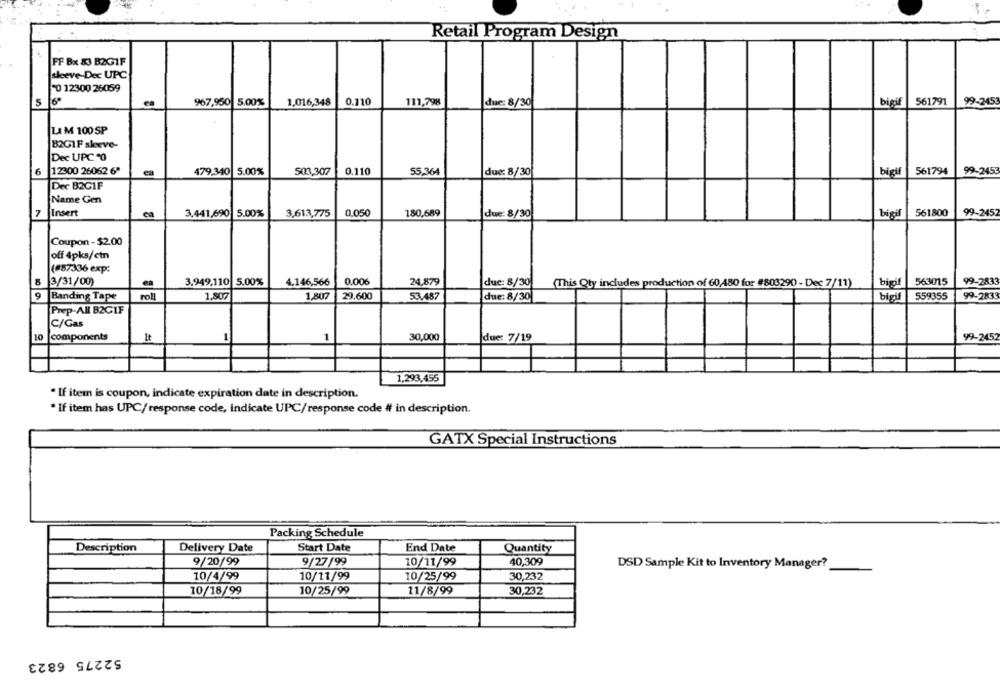
-
Retail Program Design
FF Bx &3 B2GIF
sleeve-Dec UPC
-0 12300 26059
ca
967,950 5.00%
1,016,348
0.110
111,798
due: 8/30
bigif
561791
99-2453
LAM 100 SP
B2G1F skeeve-
Dec UPC "0
6
12300 26062 6"
ea
479,340 5.00%
503,307
0.110
55,364
due: 8/30
bigif
561794
99-2453
Der B2G1F
Name Gen
7 Insert
ca
3,441,690 5.00%
3,613,775
0,050
180,689
due: 8/30
bigif
561800
99-2452
Coupon - $2.00
off 4pks/ctn
(#57336 exp:
8
3/31/00)
3.949,110 5.00%
4.146,566
0.006
24,879
due: 8/30
(This Qty includes production of 60,480 for #803290 - Dec 7/11)
bigif
563015
99-2833
9
Banding Tape
roll
1.807
1,807
29.600
53.487
due: 8/30
bigif
559355
99-2833
Prep-All B2GIF
C/Gas
10
components
It
1
30.000
due: 7/19
99-2452
1,293,455
* If item is coupon, indicate expiration date in description.
* If item has UPC/response code, indicate UPC/response code # in description.
GATX Special Instructions
Packing Schedule
Description
Delivery Date
Start Date
End Date
Quantity
9/20/99
9/27/99
10/11/99
40,309
DSD Sample Kit to Inventory Manager?
10/4/99
10/11/99
10/25/99
30,232
10/18/99
11/8/99
30,232
10/25/99
52275 6823